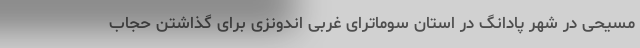
مسیحی در شهر پادانگ در استان سوماترای غربی اندونزی برای گذاشتن حجاب